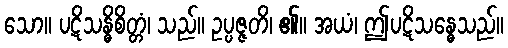
သော။ ပဋိသန္ဓိစိတ္တံ၊ သည်။ ဥပ္ပဇ္ဇတိ၊ ၏။ အယံ၊ ဤပဋိသန္ဓေသည်။